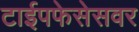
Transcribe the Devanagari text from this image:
टाईपफेसेसवर